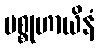
မစ္စုဟာယိနံ